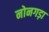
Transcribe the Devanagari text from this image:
नोनगड़ा